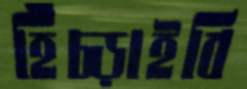
হিঁচ্‌ড়াইবি